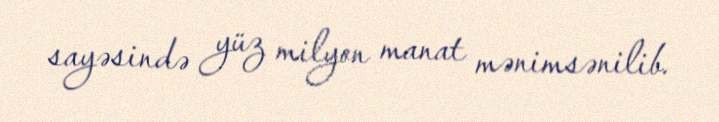
sayəsində yüz milyon manat mənimsənilib.